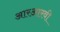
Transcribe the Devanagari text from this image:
आरआरवी